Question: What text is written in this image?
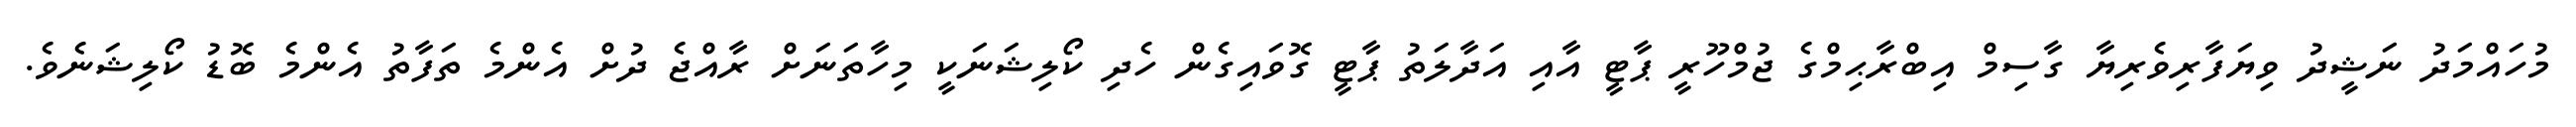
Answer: މުހައްމަދު ނަޝީދު ވިޔަފާރިވެރިޔާ ގާސިމް އިބްރާޙިމްގެ ޖުމްހޫރީ ޕާޓީ އާއި އަދާލަތު ޕާޓީ ގޮވައިގެން ހެދި ކޯލިޝަނަކީ މިހާތަނަށް ރާއްޖެ ދުށް އެންމެ ތަފާތު އެންމެ ބޮޑު ކޯލިޝަނެވެ.